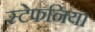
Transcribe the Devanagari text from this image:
स्टेफनिया